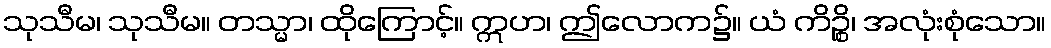
သုသီမ၊ သုသီမ။ တသ္မာ၊ ထိုကြောင့်။ ဣဟ၊ ဤလောက၌။ ယံ ကိဉ္စိ၊ အလုံးစုံသော။